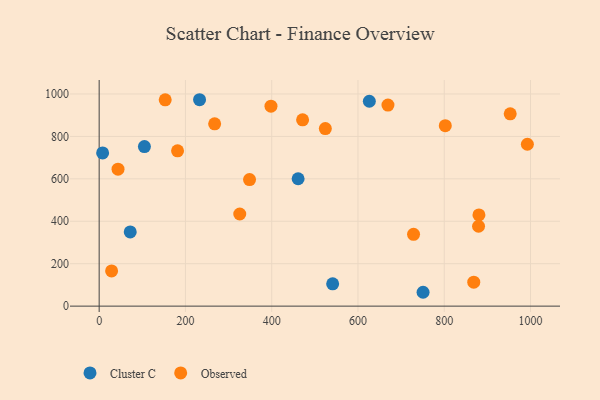
{"axis": {"x": "Experience", "y": "Profit"}, "legend": ["Cluster C", "Observed"], "data": [{"x": "541.3", "y": 105.1, "type": "Cluster C"}, {"x": "232.7", "y": 972.9, "type": "Cluster C"}, {"x": "8.0", "y": 722.2, "type": "Cluster C"}, {"x": "72.0", "y": 349.8, "type": "Cluster C"}, {"x": "461.2", "y": 600.4, "type": "Cluster C"}, {"x": "104.9", "y": 752.2, "type": "Cluster C"}, {"x": "750.9", "y": 65.3, "type": "Cluster C"}, {"x": "626.3", "y": 965.7, "type": "Cluster C"}, {"x": "325.9", "y": 434.2, "type": "Observed"}, {"x": "181.7", "y": 732.0, "type": "Observed"}, {"x": "669.5", "y": 947.6, "type": "Observed"}, {"x": "992.7", "y": 763.0, "type": "Observed"}, {"x": "471.6", "y": 878.0, "type": "Observed"}, {"x": "28.8", "y": 166.1, "type": "Observed"}, {"x": "524.3", "y": 836.7, "type": "Observed"}, {"x": "952.9", "y": 906.6, "type": "Observed"}, {"x": "348.6", "y": 596.3, "type": "Observed"}, {"x": "43.7", "y": 645.5, "type": "Observed"}, {"x": "868.4", "y": 112.7, "type": "Observed"}, {"x": "267.7", "y": 859.1, "type": "Observed"}, {"x": "398.3", "y": 942.7, "type": "Observed"}, {"x": "153.1", "y": 972.4, "type": "Observed"}, {"x": "879.5", "y": 376.4, "type": "Observed"}, {"x": "728.8", "y": 338.5, "type": "Observed"}, {"x": "802.4", "y": 850.5, "type": "Observed"}, {"x": "880.4", "y": 429.7, "type": "Observed"}]}